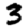
Digit: 3